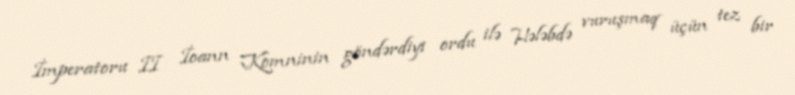
İmperatoru II İoann Komninin göndərdiyi ordu ilə Hələbdə vuruşmaq üçün tez bir